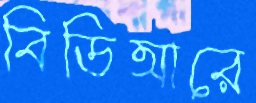
বিডিআরে